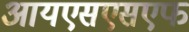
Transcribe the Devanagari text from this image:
आयएसएसएफ